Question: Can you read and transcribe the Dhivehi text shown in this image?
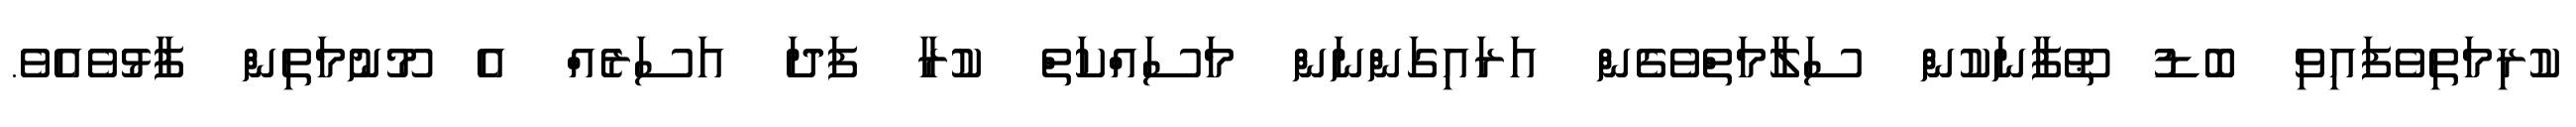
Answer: ކުރިމަތިވެފައިވި ބޮޑު ޠޫފާނަކުން ސަލާމަތްވެގެން އަރައިގަންނަން މަސައްކަތް ކުރާ ފަދަ އަސަރެއް އެ މޫނުމަތިން ފާޅުވެއެވެ.